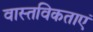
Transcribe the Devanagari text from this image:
वास्तविकताएं